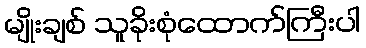
မျိုးချစ် သူခိုးစုံထောက်ကြီးပါ